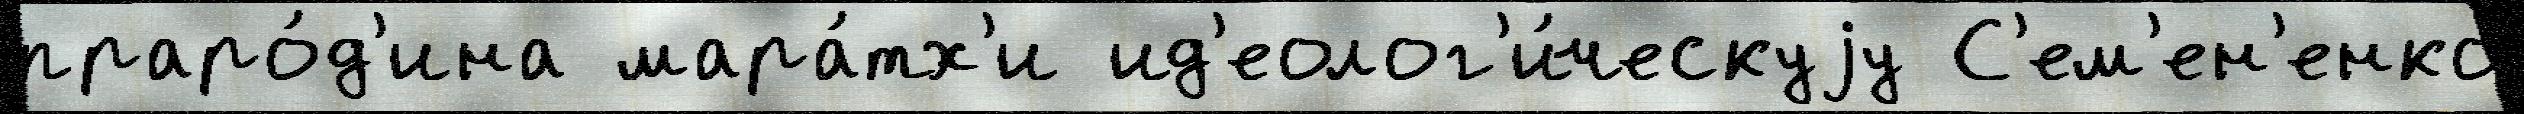
праро́д'ина мара́тх'и ид'еолог'и́ческуjу С'ем'ен'енко